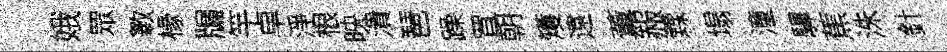
娥眾斁椽牖竿卓淨根映潰琶躁罝朝矱遠薫赧霖塌潼驆蕉洙針